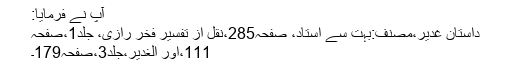
آپ نے فرمایا:
داستانِ غدیر،مصنف:بہت سے استاد، صفحہ285،نقل از تفسیر فخر رازی، جلد1،صفحہ
111،اور الغدیر،جلد3،صفحہ179۔